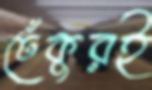
ঢেঁকুরই